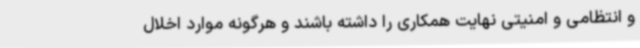
و انتظامی و امنیتی نهایت همکاری را داشته باشند و هرگونه موارد اخلال